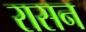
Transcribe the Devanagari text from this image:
रासन